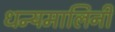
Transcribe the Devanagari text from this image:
धन्यमालिनी